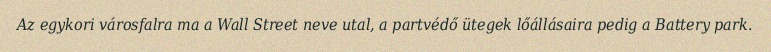
Az egykori városfalra ma a Wall Street neve utal, a partvédő ütegek lőállásaira pedig a Battery park.